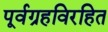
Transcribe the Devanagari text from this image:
पूर्वग्रहविरहित